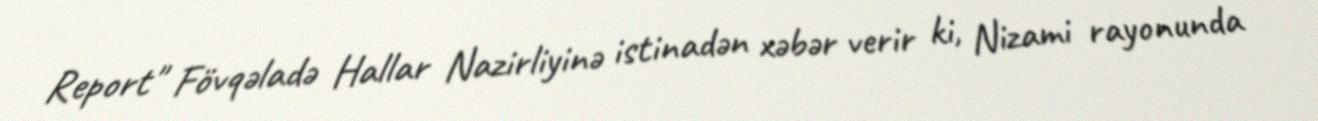
Report" Fövqəladə Hallar Nazirliyinə istinadən xəbər verir ki, Nizami rayonunda